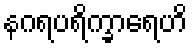
နဂရပရိက္ခာရေဟိ